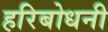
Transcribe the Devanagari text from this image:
हरिबोधनी